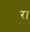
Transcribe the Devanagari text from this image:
र।